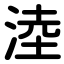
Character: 淕